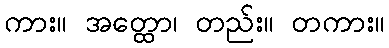
ကား။ အတ္ထော၊ တည်း။ တကား။